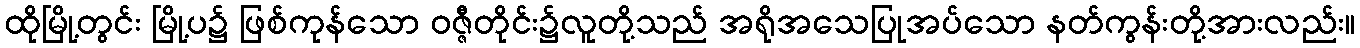
ထိုမြို့တွင်း မြို့ပ၌ ဖြစ်ကုန်သော ဝဇ္ဇီတိုင်း၌လူတို့သည် အရိုအသေပြုအပ်သော နတ်ကွန်းတို့အားလည်း။